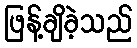
ဖြန့်ချိခဲ့သည်